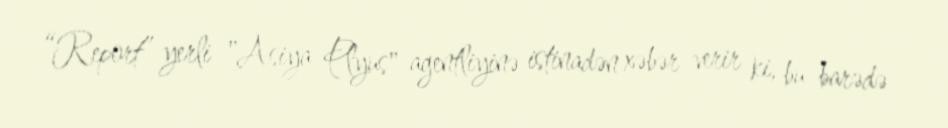
“Report” yerli "Asiya Plyus" agentliyinə istinadən xəbər verir ki, bu barədə